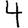
Digit: 4